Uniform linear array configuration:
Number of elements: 48
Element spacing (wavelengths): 1
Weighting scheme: hann
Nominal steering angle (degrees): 60
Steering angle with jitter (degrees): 60.108
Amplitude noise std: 0.05
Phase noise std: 0.05

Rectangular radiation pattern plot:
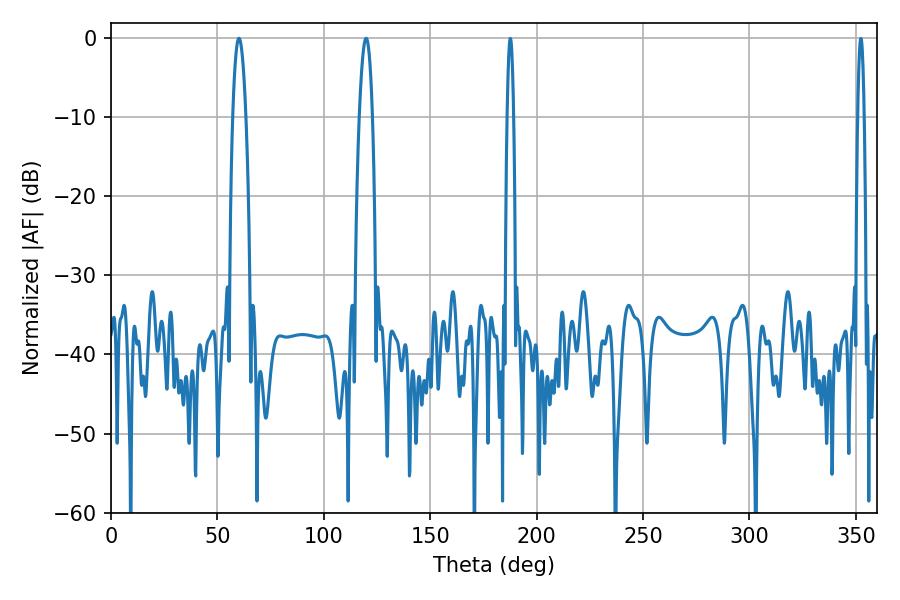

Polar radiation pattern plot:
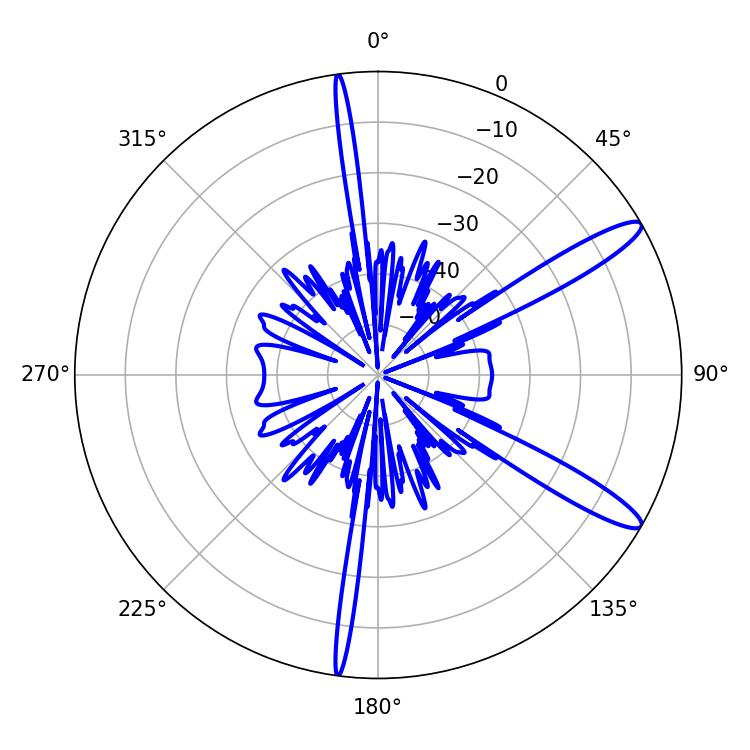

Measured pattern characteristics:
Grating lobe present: TRUE
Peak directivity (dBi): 12.857
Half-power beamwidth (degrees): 3.42
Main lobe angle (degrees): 60.12